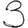
Digit: 3